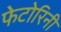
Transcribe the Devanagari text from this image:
फेटोरिनी